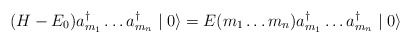
\begin{align*}(H-E_{0}) a^{\dagger}_{m_{1}} \ldots a^{\dagger}_{m_{n}}\mid 0 \rangle = E(m_{1} \ldots m_{n}) a^{\dagger}_{m_{1}} \ldots a^{\dagger}_{m_{n}}\mid 0 \rangle\end{align*}